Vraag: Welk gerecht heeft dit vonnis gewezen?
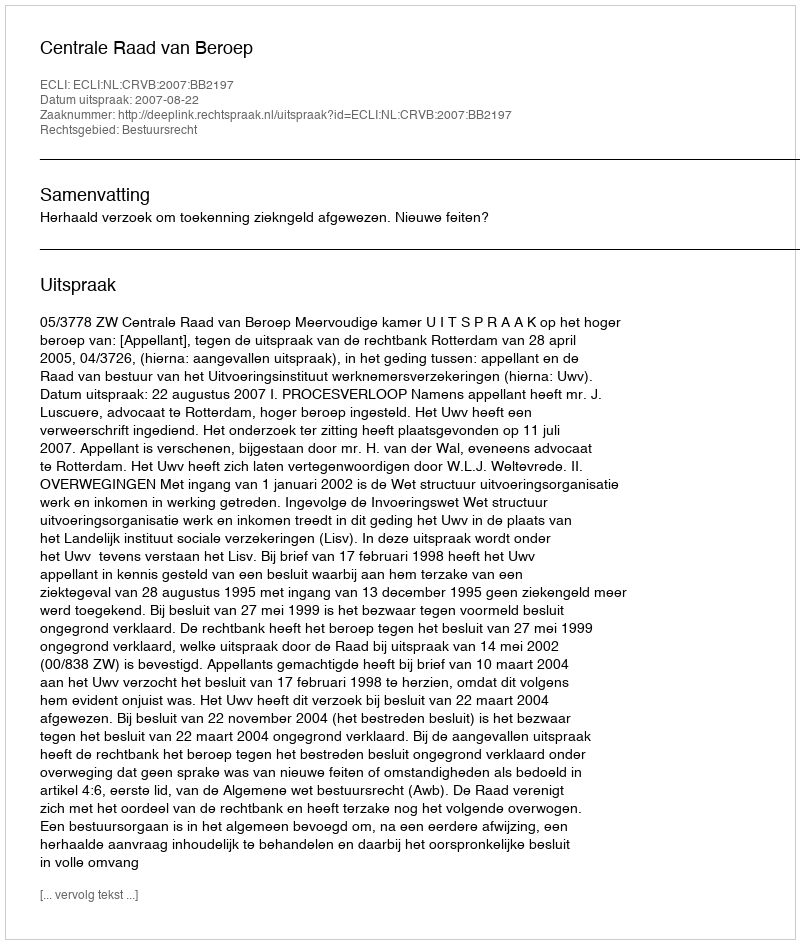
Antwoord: Centrale Raad van Beroep